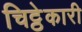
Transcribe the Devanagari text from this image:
चिट्ठेकारी